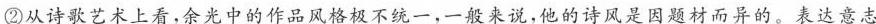
②从诗歌艺术上看，余光中的作品风格极不统一，一般来说，他的诗风是因题材而异的。表达意志